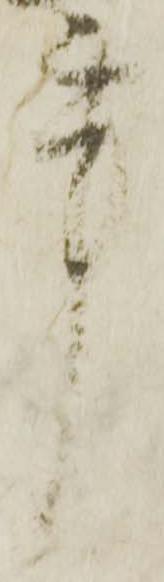
事